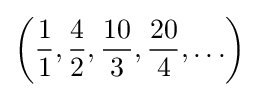
\left({\frac {1}{1}},{\frac {4}{2}},{\frac {10}{3}},{\frac {20}{4}},\ldots \right)